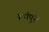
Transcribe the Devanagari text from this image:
रूपांपुढे